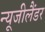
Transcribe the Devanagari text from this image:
न्यूजीलैंडर